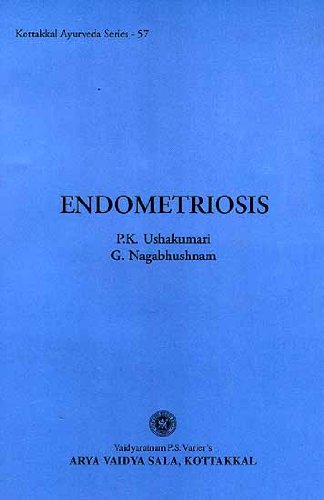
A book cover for Endometriosis; P.K. Ushakumari and G. Nagabhushnam; Health, Fitness & Dieting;